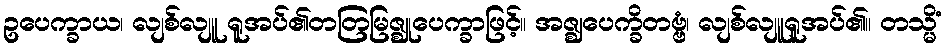
ဥပေက္ခာယ၊ လျစ်လျူ ရူအပ်၏တတြမြဇ္ဈုပေက္ခာဖြင့်။ အဇ္ဈပေက္ခိတဗ္ဗံ၊ လျစ်လျူရူအပ်၏။ တသ္မိံ